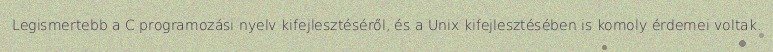
Legismertebb a C programozási nyelv kifejlesztéséről, és a Unix kifejlesztésében is komoly érdemei voltak.